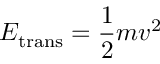
E _ { \mathrm { t r a n s } } = { \frac { 1 } { 2 } } m v ^ { 2 }